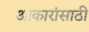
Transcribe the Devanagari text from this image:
आकारांसाठी